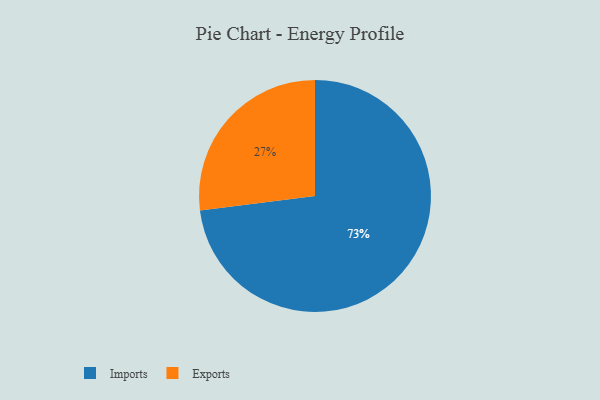
{"axis": {"x": "Category", "y": "Percentage"}, "legend": ["Exports", "Imports"], "data": [{"x": "Imports", "y": 73, "type": "Imports"}, {"x": "Exports", "y": 27, "type": "Exports"}]}